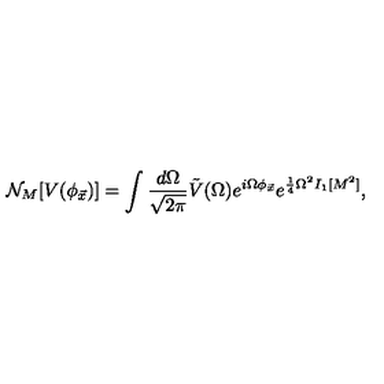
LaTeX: { \cal N } _ { M } [ V ( \phi _ { \vec { x } } ) ] = \int { \frac { d \Omega } { \sqrt { 2 \pi } } } \tilde { V } ( \Omega ) e ^ { i \Omega \phi _ { \vec { x } } } e ^ { { \frac { 1 } { 4 } } \Omega ^ { 2 } I _ { 1 } [ M ^ { 2 } ] } ,